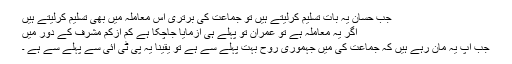
جب حسان یہ بات تسلیم کرلیتے ہیں تو جماعت کی برتری اس معاملہ میں بھی تسلیم کرلیتے ہیں
اگر یہ معاملہ ہے تو عمران تو پہلے ہی ازمایا جاچکا ہے کم ازکم مشرف کے دور میں
جب اپ یہ مان رہے ہیں کہ جماعت کی میں جہموری روح بہت پہلے سے ہے تو یقینا یہ پی ٹی ائی سے پہلے سے ہے ۔